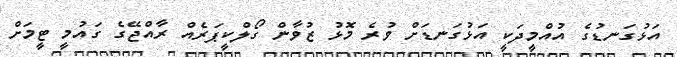
އަޅުގަނޑުގެ އުއްމީދަކީ އަޅުގަނޑަށް ވުރެ މޮޅު ޒުވާން ގޯލްކީޕަރެއް ރާއްޖޭގެ ގައުމީ ޓީމަށް